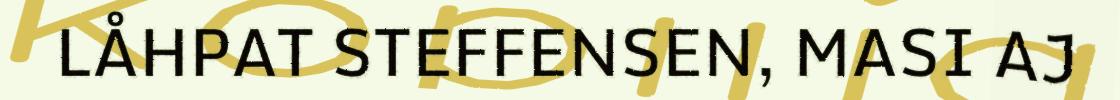
LÅHPAT STEFFENSEN, MASI AJ